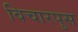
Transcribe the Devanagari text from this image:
विचारपुस